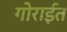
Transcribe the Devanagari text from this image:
गोराईत